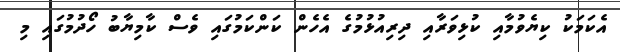
އެކަމަކު ކިޔެވުމާއި ކުޅިވަރާއި ދިރިއުޅުމުގެ އެހެން ކަންކަމުގައި ވެސް ކާމިޔާބު ހޯދުމުގައި މި